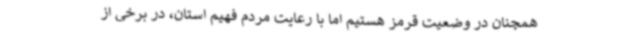
همچنان در وضعیت قرمز هستیم اما با رعایت مردم فهیم استان، در برخی از